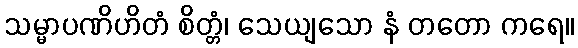
သမ္မာပဏိဟိတံ စိတ္တံ၊ သေယျသော နံ တတော ကရေ။